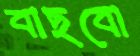
বাছবো